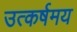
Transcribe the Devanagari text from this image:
उत्कर्षमय